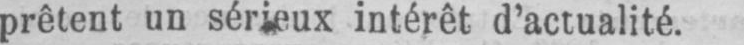
intérêt d’actualité.